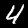
Digit: 4